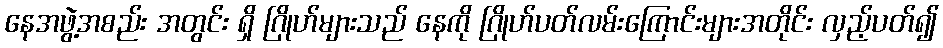
နေအဖွဲ့အစည်း အတွင်း ရှိ ဂြိုဟ်များသည် နေကို ဂြိုဟ်ပတ်လမ်းကြောင်းများအတိုင်း လှည့်ပတ်၍